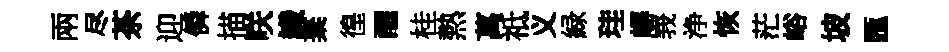
兩尽茶迎僢描咲識棄徨醒桂熱萬祗义緑珪嶰峩浄恢茫峪坡匯